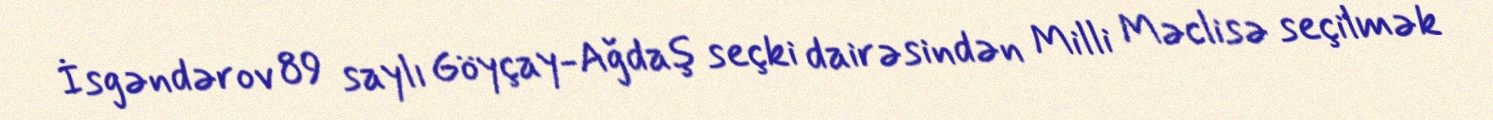
İsgəndərov 89 saylı Göyçay-Ağdaş seçki dairəsindən Milli Məclisə seçilmək